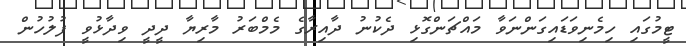
ޓީމުގައި ހިމެނިވަޑައިގަންނަވާ މައްޗަންގޮޅި ދެކުނު ދާއިރާގެ މެމްބަރު މާރިޔާ ދީދީ ވިދާޅުވީ ފުލުހުން